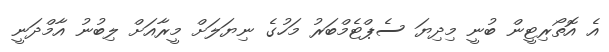
އެ އޮތޯރިޓީން ބުނީ މިދިޔަ ސެޕްޓެމްބަރު މަހުގެ ނިޔަލަށް މީރާއަށް ލިބުނު އާމްދަނީ